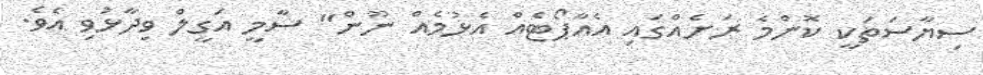
ސިޔާސަތަކީ ކޮންމެ ރަށެއްގައި އެއާޕޯޓެއް އެޅުމެއް ނޫން" ސާމީ އަގީލް ވިދާޅުވި އެވެ.